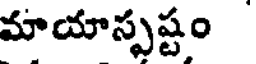
మాయాస్పష్టం